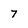
Character: 7